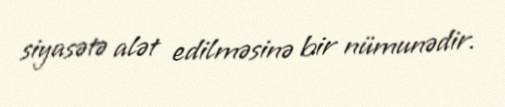
siyasətə alət edil­məsinə bir nümunədir.